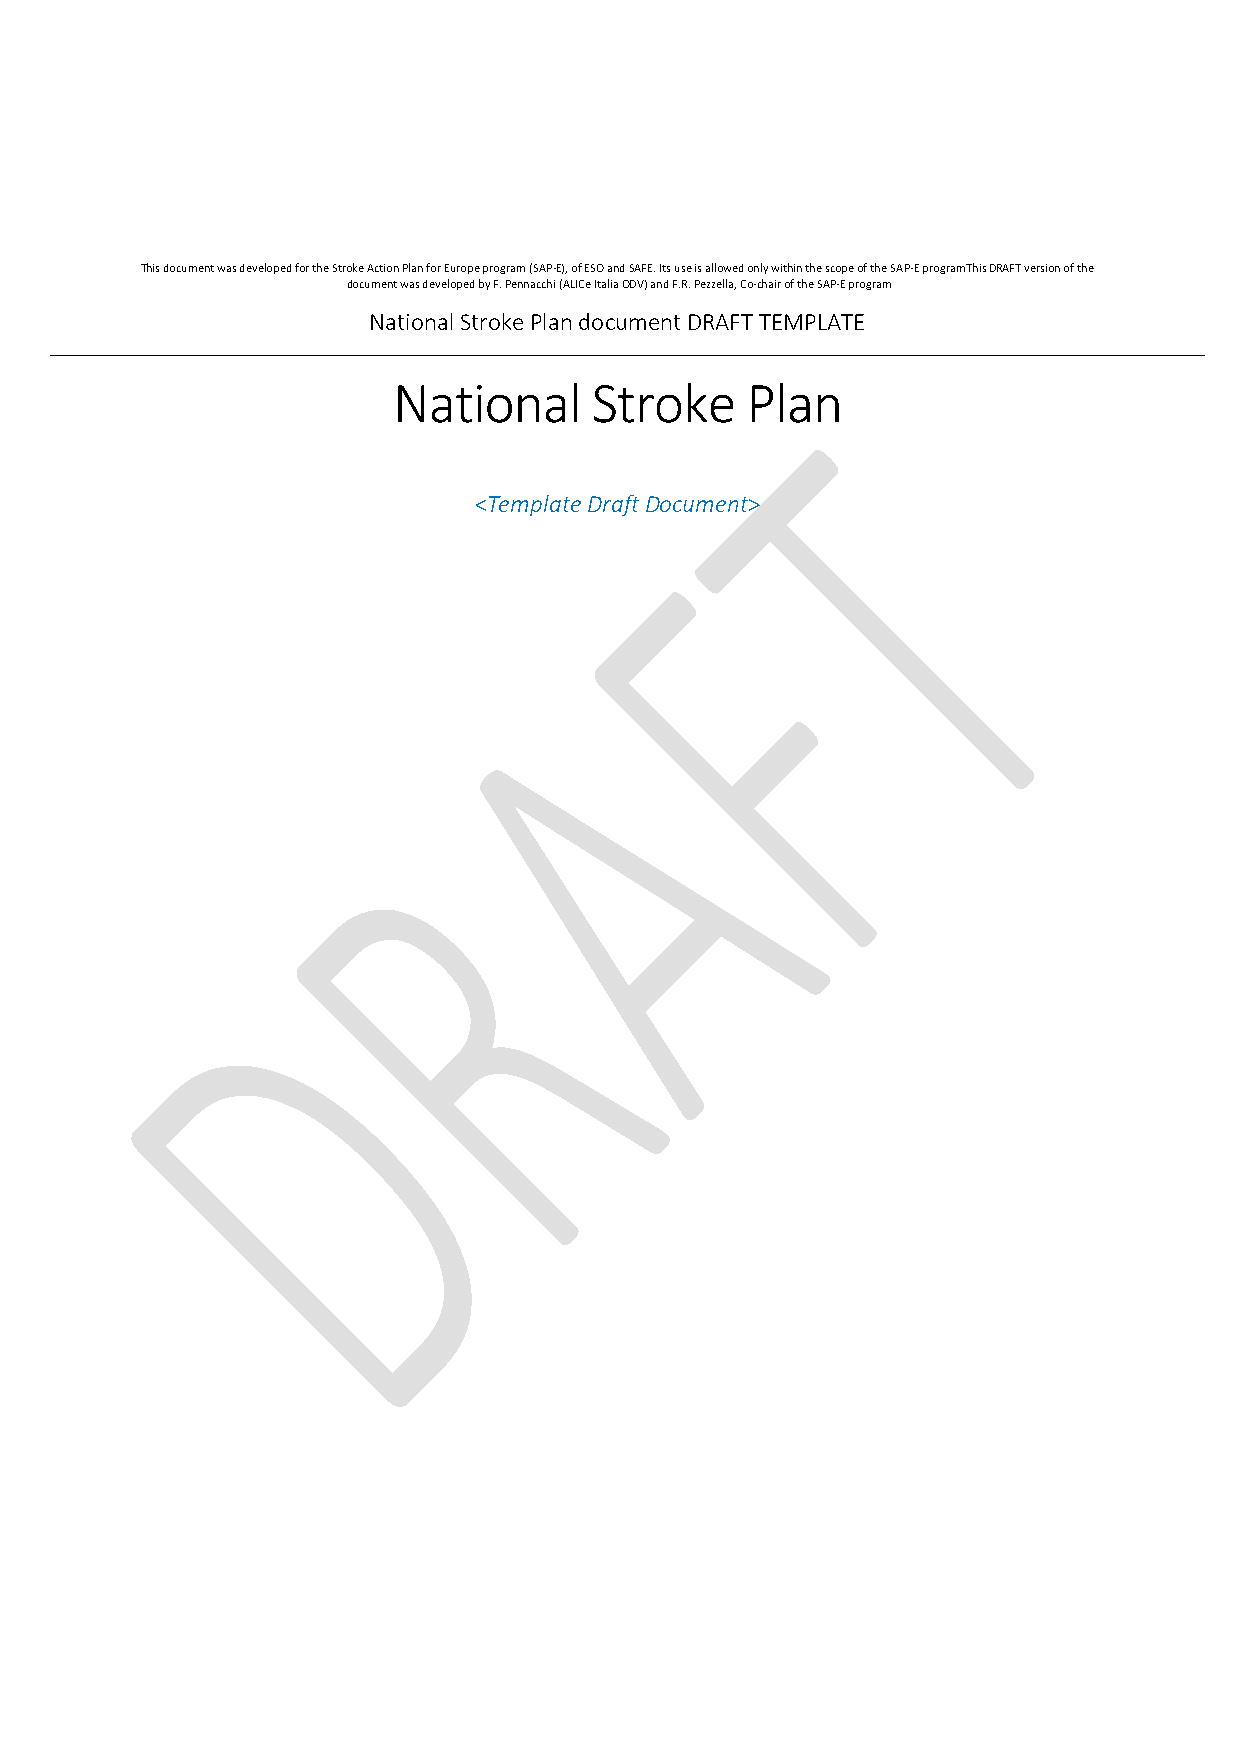
This document was developed for the Stroke Action Plan for Europe program (SAP-E), of ESO and SAFE. Its use is allowed only within the scope of the SAP-E program This DRAFT version of the
 document was developed by F. Pennacchi (ALICe Italia ODV) and F.R. Pezzella, Co-chair of the SAP-E program
 National Stroke Plan document DRAFT TEMPLATE
 National     Stroke    Plan
 <Template Draft Document>